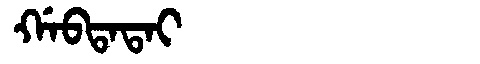
Manchu: ᡤᠠᠪᡨᠠᡨᠠᡳ
Romanization: GABTATAI